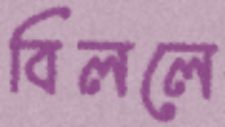
বিললে